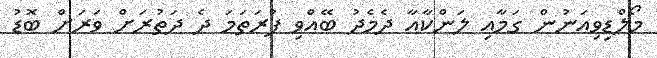
މޯލްޑިވިއަނުން ގަމާއި ލަންކާއާ ދެމެދު ބޭއްވި ފުރަތަމަ ދެ ދަތުރަށް ވަރަށް ބޮޑު